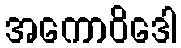
အကောဝိဒေါ